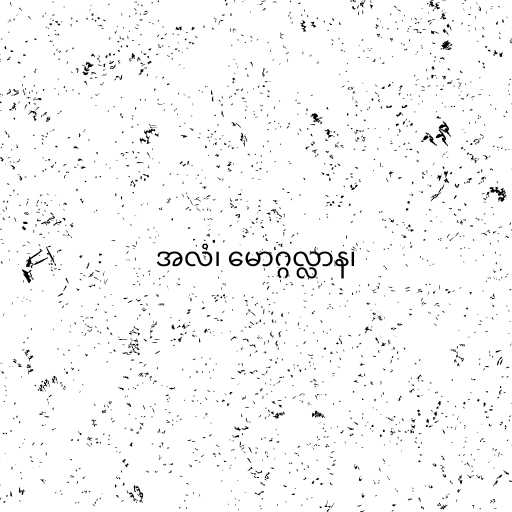
အလံ၊ မောဂ္ဂလ္လာန၊